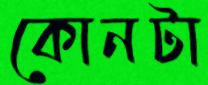
কোনটা